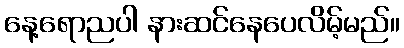
နေ့ရောညပါ နားဆင်နေပေလိမ့်မည်။